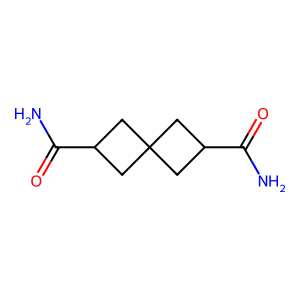
SMILES: NC(=O)C1CC2(C1)CC(C(N)=O)C2
Inhibits HIV replication: No